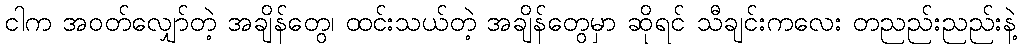
ငါက အဝတ်လျှော်တဲ့ အချိန်တွေ၊ ထင်းသယ်တဲ့ အချိန်တွေမှာ ဆိုရင် သီချင်းကလေး တညည်းညည်းနဲ့